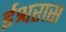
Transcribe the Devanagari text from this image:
ईश्वरास